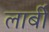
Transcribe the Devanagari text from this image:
लार्बी